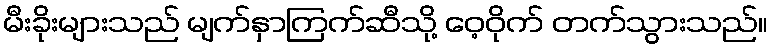
မီးခိုးများသည် မျက်နှာကြက်ဆီသို့ ဝေ့ဝိုက် တက်သွားသည်။